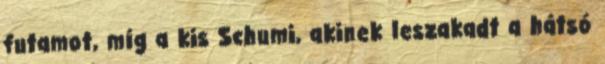
futamot, míg a kis Schumi, akinek leszakadt a hátsó